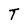
Character: T